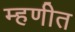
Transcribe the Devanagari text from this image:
म्हणीत